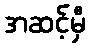
အဆင့်မှီ